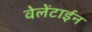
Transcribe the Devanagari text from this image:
वेलेंटाईन